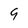
Character: 9